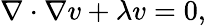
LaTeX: \nabla\cdot\nabla v+\lambda v=0,